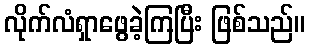
လိုက်လံရှာဖွေခဲ့ကြပြီး ဖြစ်သည်။